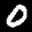
Label: 0